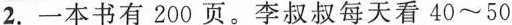
2.一本书有200页。李叔叔每天看40~50